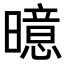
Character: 𪱍